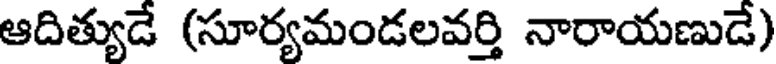
ఆదిత్యుడే (సూర్యమండలవర్తి నారాయణుడే)